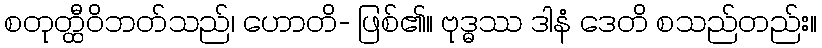
စတုတ္ထီဝိဘတ်သည်၊ ဟောတိ- ဖြစ်၏။ ဗုဒ္ဓဿ ဒါနံ ဒေတိ စသည်တည်း။